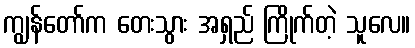
ကျွန်တော်က တေးသွား အရှည် ကြိုက်တဲ့ သူလေ။